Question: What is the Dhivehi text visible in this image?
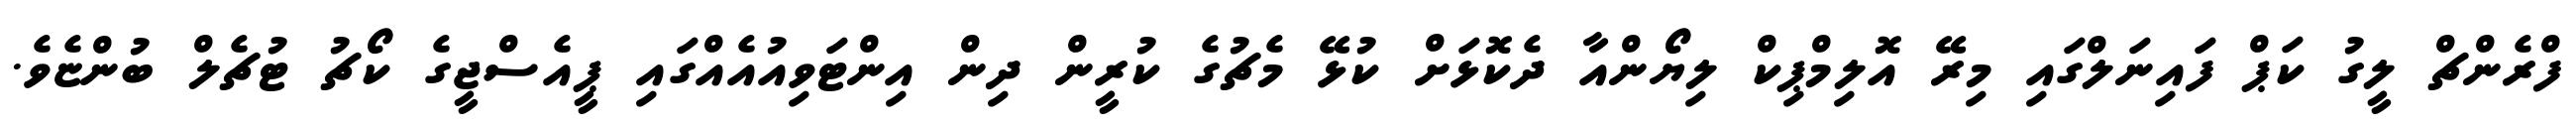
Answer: ފްރެންޗް ލީގު ކަޕް ފައިނަލްގައި މިރޭ އޮލިމްޕިކް ލިޔޯންއާ ދެކޮޅަށް ކުޅޭ މެޗުގެ ކުރީން ދިން އިންޓަވިއުއެއްގައި ޕީއެސްޖީގެ ކޯޗު ޓުޗެލް ބުންޏެވެ.